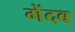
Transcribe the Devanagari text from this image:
गेंदब